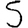
Digit: 5